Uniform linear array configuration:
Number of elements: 12
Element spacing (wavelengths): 0.5
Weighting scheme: exponential
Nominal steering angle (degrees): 60
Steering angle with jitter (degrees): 59.282
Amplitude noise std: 0.05
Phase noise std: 0.05

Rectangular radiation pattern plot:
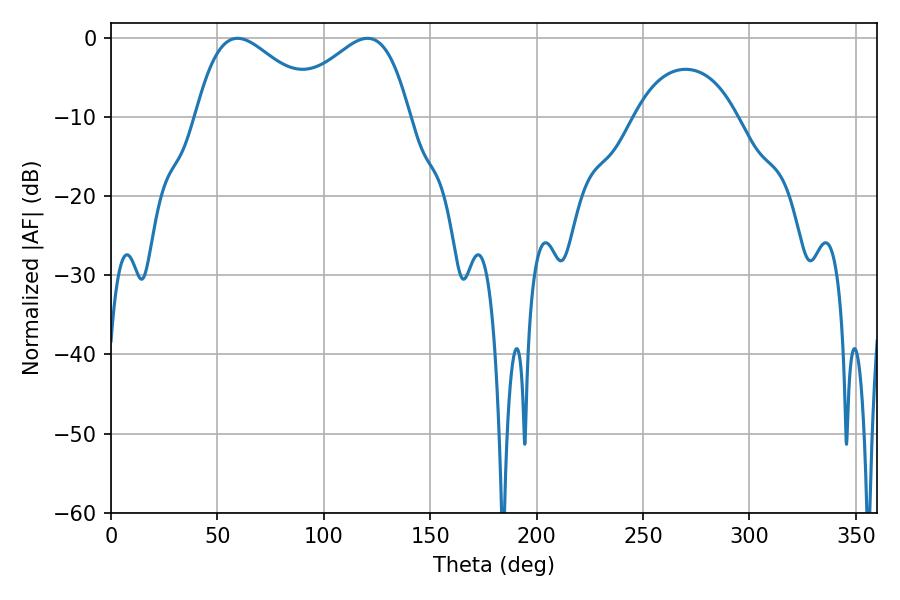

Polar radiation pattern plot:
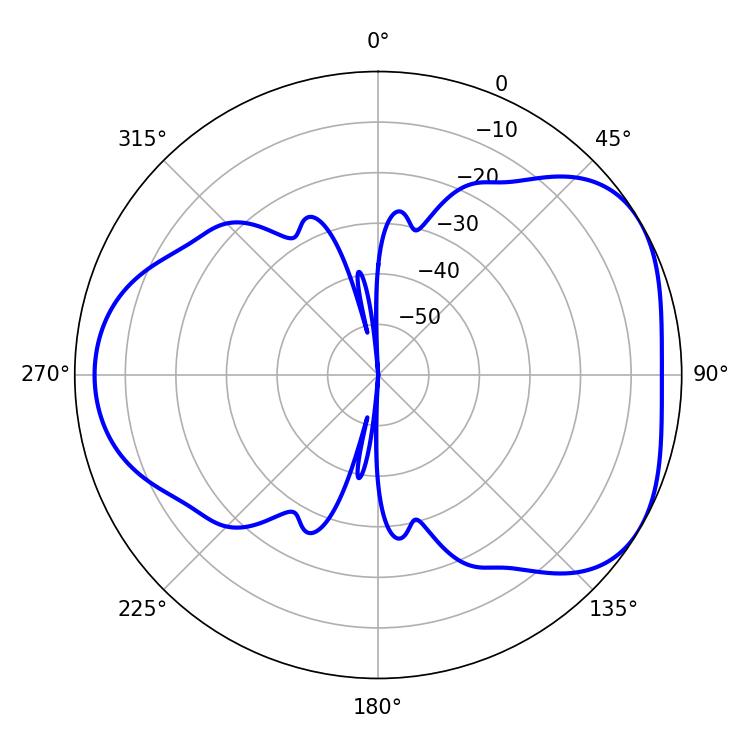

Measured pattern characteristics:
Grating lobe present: FALSE
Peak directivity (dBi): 4.399
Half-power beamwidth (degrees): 31.32
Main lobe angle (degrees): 59.4